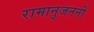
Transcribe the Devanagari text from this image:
रामानुजननी